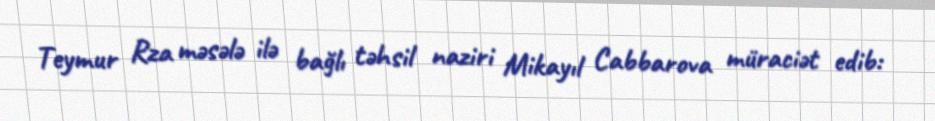
Teymur Rza məsələ ilə bağlı təhsil naziri Mikayıl Cabbarova müraciət edib: